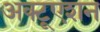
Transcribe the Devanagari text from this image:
अक्टूएशन